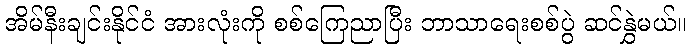
အိမ်နီးချင်းနိုင်ငံ အားလုံးကို စစ်ကြေညာပြီး ဘာသာရေးစစ်ပွဲ ဆင်နွှဲမယ်။